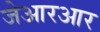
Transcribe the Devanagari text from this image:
जेआरआर